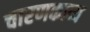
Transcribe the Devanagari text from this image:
चारणकाव्य